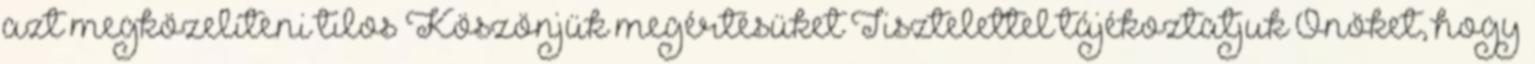
azt megközelíteni tilos Köszönjük megértésüket Tisztelettel tájékoztatjuk Önöket, hogy